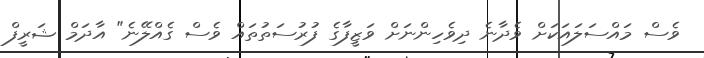
ވެސް މައްސަލައަކަށް ވެދާނެ ދިވެހިންނަށް ވަޒީފާގެ ފުރުސަތުތައް ވެސް ގެއްލޭނެ" އާދަމް ޝަރީފް